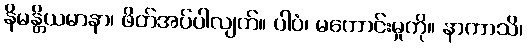
နိမန္တိယမာနာ၊ ဖိတ်အပ်ပါလျက်။ ပါပံ၊ မကောင်းမှုကို။ နာကာသိ၊